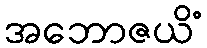
အဘောဇယိံ